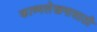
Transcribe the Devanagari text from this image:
काव्यलेखनासाठी